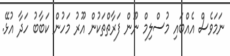
ނަމަވެސް އެއްބައި މުސްލިމް ނޫން ފަރާތްތަކުން އޫރު މަހުން ކަބާބު ހަދާ އުޅޭ.